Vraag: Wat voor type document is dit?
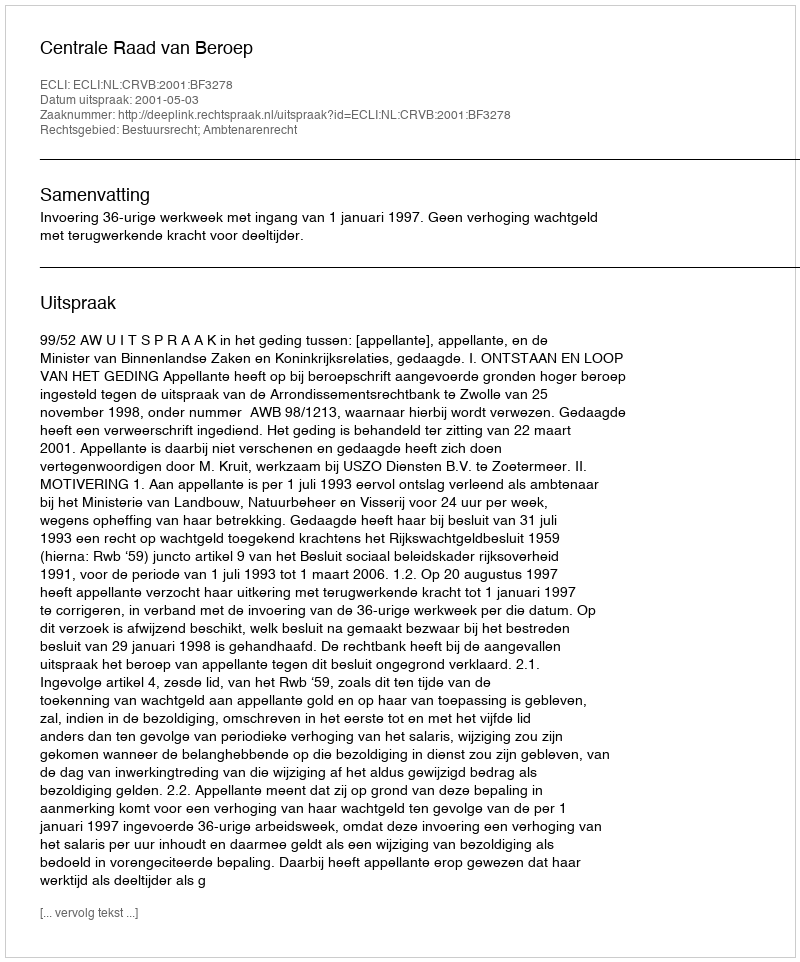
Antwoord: Uitspraak